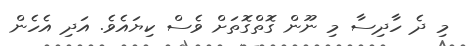
މި ދެ ހާދިސާ މި ނޫން ގޮތްގޮތަށް ވެސް ކިޔައެވެ. އަދި އެހެން